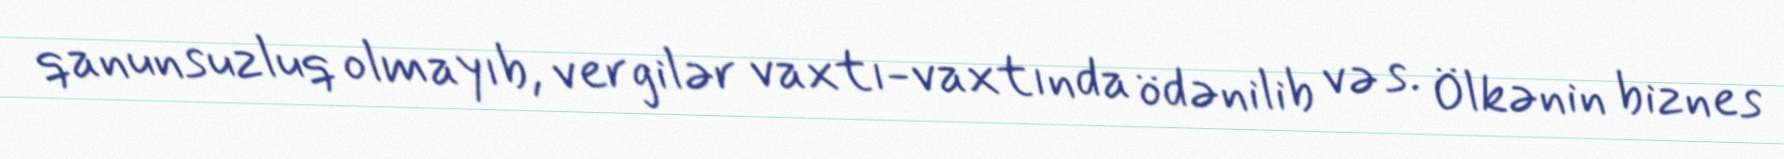
qanunsuzluq olmayıb, vergilər vaxtı-vaxtında ödənilib və s. Ölkənin biznes